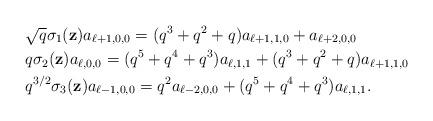
LaTeX: \begin{align*}&\sqrt{q}\sigma_1(\textbf{z})a_{\ell+1,0,0}=(q^3+q^2+q)a_{\ell+1,1,0}+a_{\ell+2,0,0}\\&{q}\sigma_2(\textbf{z})a_{\ell,0,0}=(q^5+q^4+q^3)a_{\ell,1,1}+(q^3+q^2+q)a_{\ell+1,1,0}\\& q^{3/2}\sigma_3(\textbf{z})a_{\ell-1,0,0}=q^2a_{\ell-2,0,0}+(q^5+q^4+q^3)a_{\ell,1,1}.\end{align*}